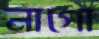
নাগো